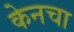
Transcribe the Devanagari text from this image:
केनचा